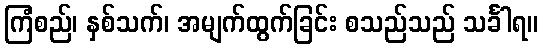
ကြံစည်၊ နှစ်သက်၊ အမျက်ထွက်ခြင်း စသည်သည် သင်္ခါရ။